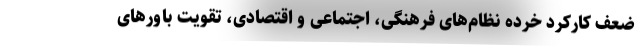
ضعف کارکرد خرده نظام‌های فرهنگی، اجتماعی و اقتصادی، تقویت باورهای